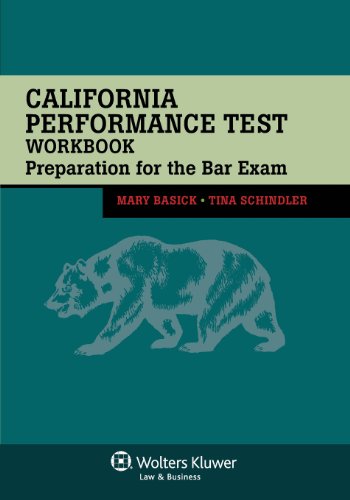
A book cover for California Performance Test Workbook: Preparation for the Bar Exam; Mary Basick; Test Preparation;